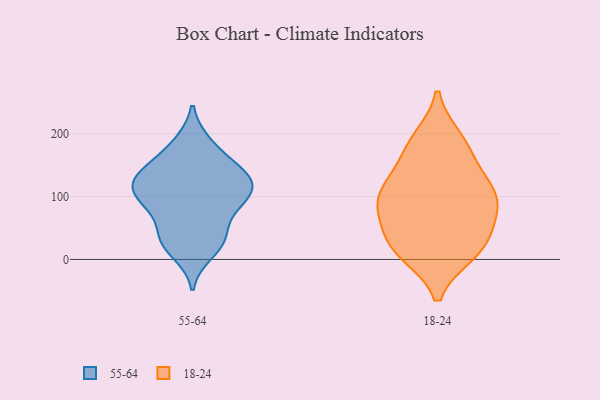
{"axis": {"x": "Customer Acquisition Cost (USD)", "y": "Value"}, "legend": ["18-24", "55-64"], "data": [{"x": "", "y": 131, "type": "55-64"}, {"x": "", "y": 77, "type": "55-64"}, {"x": "", "y": 95, "type": "55-64"}, {"x": "", "y": 136, "type": "55-64"}, {"x": "", "y": 83, "type": "55-64"}, {"x": "", "y": 114, "type": "55-64"}, {"x": "", "y": 95, "type": "55-64"}, {"x": "", "y": 146, "type": "55-64"}, {"x": "", "y": 185, "type": "55-64"}, {"x": "", "y": 182, "type": "55-64"}, {"x": "", "y": 129, "type": "55-64"}, {"x": "", "y": 28, "type": "55-64"}, {"x": "", "y": 102, "type": "55-64"}, {"x": "", "y": 113, "type": "55-64"}, {"x": "", "y": 11, "type": "55-64"}, {"x": "", "y": 123, "type": "55-64"}, {"x": "", "y": 36, "type": "55-64"}, {"x": "", "y": 38, "type": "55-64"}, {"x": "", "y": 29, "type": "55-64"}, {"x": "", "y": 150, "type": "55-64"}, {"x": "", "y": 165, "type": "18-24"}, {"x": "", "y": 186, "type": "18-24"}, {"x": "", "y": 62, "type": "18-24"}, {"x": "", "y": 52, "type": "18-24"}, {"x": "", "y": 10, "type": "18-24"}, {"x": "", "y": 192, "type": "18-24"}, {"x": "", "y": 28, "type": "18-24"}, {"x": "", "y": 14, "type": "18-24"}, {"x": "", "y": 99, "type": "18-24"}, {"x": "", "y": 112, "type": "18-24"}, {"x": "", "y": 13, "type": "18-24"}, {"x": "", "y": 133, "type": "18-24"}, {"x": "", "y": 103, "type": "18-24"}, {"x": "", "y": 96, "type": "18-24"}, {"x": "", "y": 85, "type": "18-24"}]}